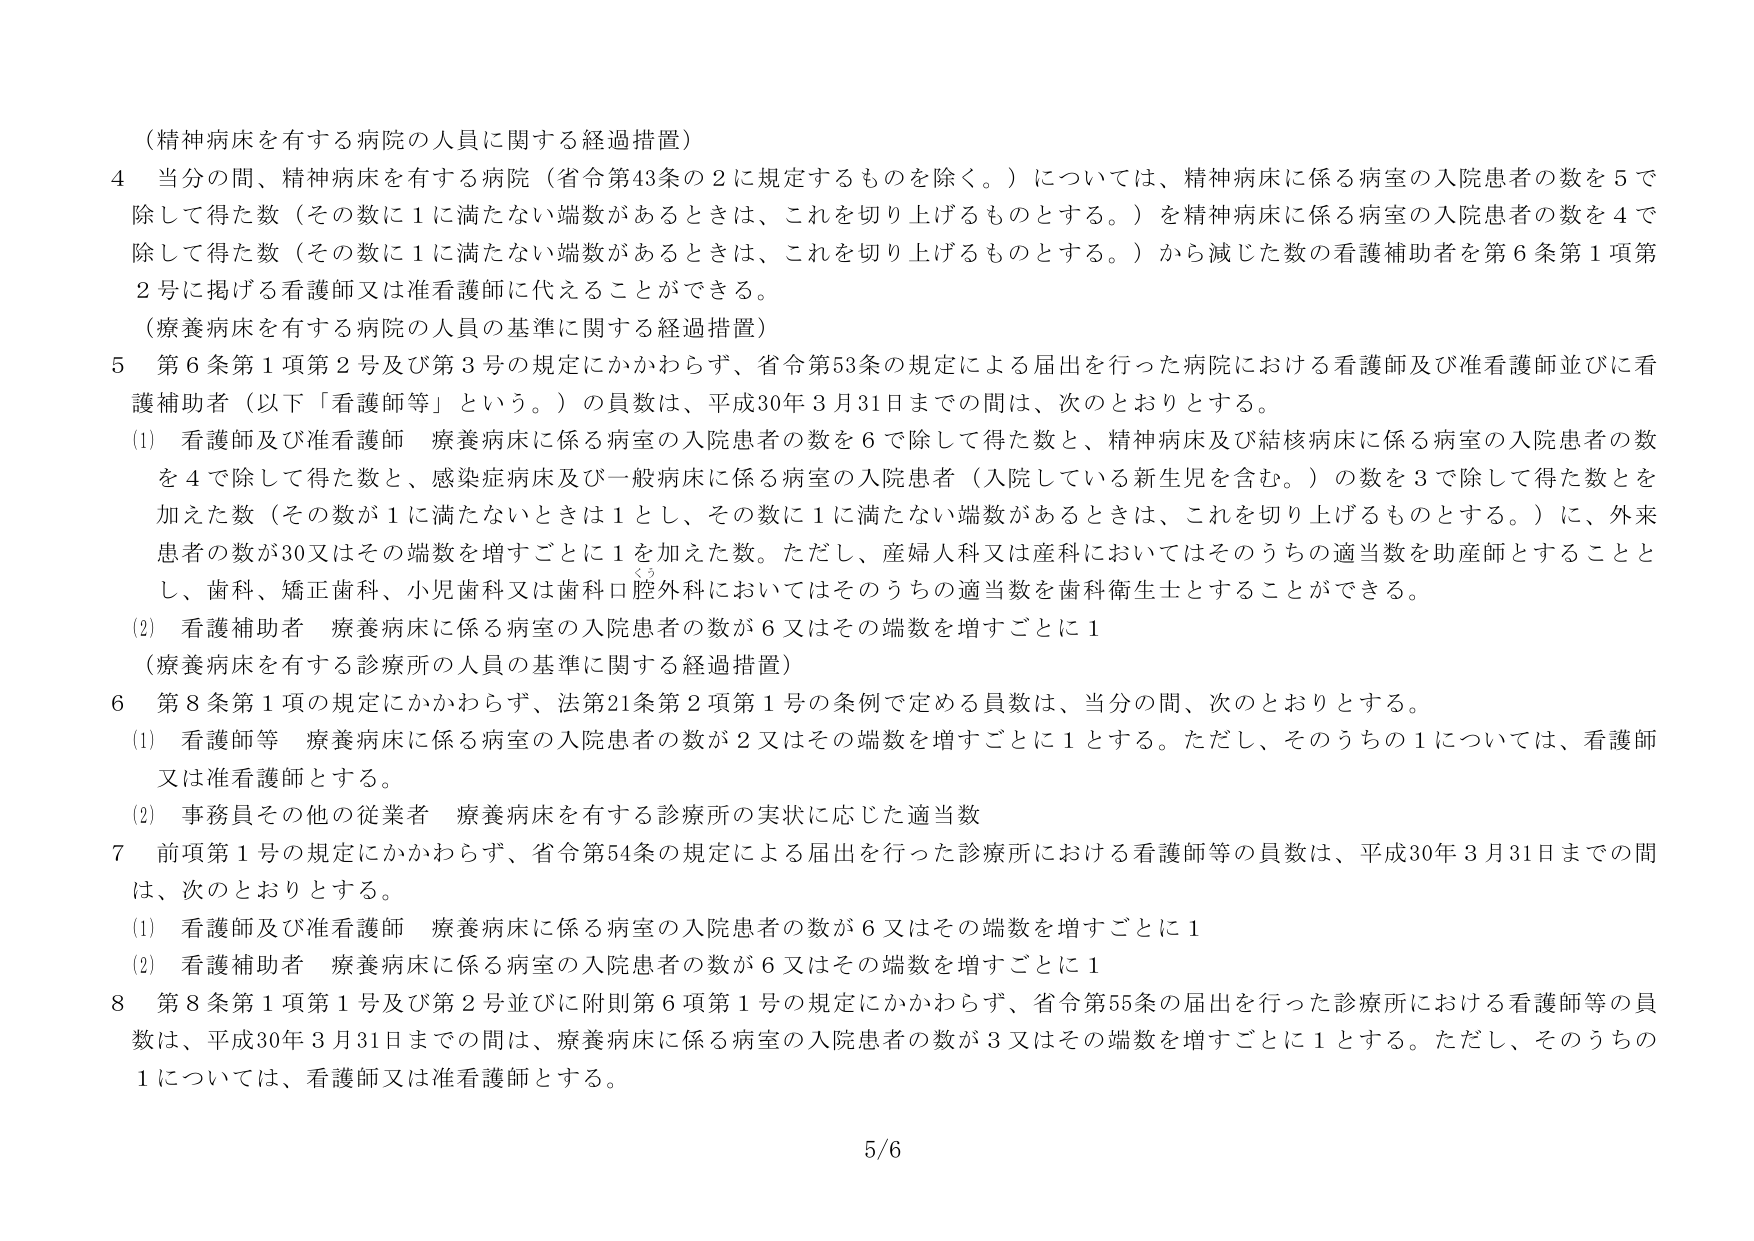
（精神病床を有する病院の人員に関する経過措置）

4 当分の間、精神病床を有する病院（省令第43条の2に規定するものを除く。）については、精神病床に係る病室の入院患者の数を5で除して得た数（その数に1に満たない端数があるときは、これを切り上げるものとする。）を精神病床に係る病室の入院患者の数を4で除して得た数（その数に1に満たない端数があるときは、これを切り上げるものとする。）から減じた数の看護補助者を第6条第1項第2号に掲げる看護師又は准看護師に代えることができる。

（療養病床を有する病院の人員の基準に関する経過措置）

5 第6条第1項第2号及び第3号の規定にかかわらず、省令第53条の規定による届出を行った病院における看護師及び准看護師並びに看護補助者（以下「看護師等」という。）の員数は、平成30年3月31日までの間は、次のとおりとする。

(1) 看護師及び准看護師 療養病床に係る病室の入院患者の数を6で除して得た数と、精神病床及び結核病床に係る病室の入院患者の数を4で除して得た数と、感染症病床及び一般病床に係る病室の入院患者（入院している新生児を含む。）の数を3で除して得た数とを加えた数（その数が1に満たないときは1とし、その数に1に満たない端数があるときは、これを切り上げるものとする。）に、外来患者の数が30又はその端数を増すごとに1を加えた数。ただし、産婦人科又は産科においてはそのうちの適当数を助産師とすることとし、歯科、矯正歯科、小児歯科又は歯科口腔外科においてはそのうちの適当数を歯科衛生士とすることができる。

(2) 看護補助者 療養病床に係る病室の入院患者の数が6又はその端数を増すごとに1

（療養病床を有する診療所の人員の基準に関する経過措置）

6 第8条第1項の規定にかかわらず、法第21条第2項第1号の条例で定める員数は、当分の間、次のとおりとする。

(1) 看護師等 療養病床に係る病室の入院患者の数が2又はその端数を増すごとに1とする。ただし、そのうちの1については、看護師又は准看護師とする。

(2) 事務員その他の従業者 療養病床を有する診療所の実状に応じた適当数

7 前項第1号の規定にかかわらず、省令第54条の規定による届出を行った診療所における看護師等の員数は、平成30年3月31日までの間は、次のとおりとする。

(1) 看護師及び准看護師 療養病床に係る病室の入院患者の数が6又はその端数を増すごとに1

(2) 看護補助者 療養病床に係る病室の入院患者の数が6又はその端数を増すごとに1

8 第8条第1項第1号及び第2号並びに附則第6項第1号の規定にかかわらず、省令第55条の届出を行った診療所における看護師等の員数は、平成30年3月31日までの間は、療養病床に係る病室の入院患者の数が3又はその端数を増すごとに1とする。ただし、そのうちの1については、看護師又は准看護師とする。

5/6